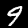
Label: 9